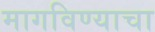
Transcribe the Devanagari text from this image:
मागविण्याचा